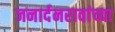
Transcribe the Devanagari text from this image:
जनार्दनरावांच्या